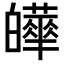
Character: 𤾹